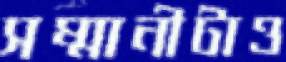
সম্মানীটাও